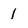
Character: 1